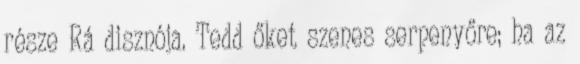
része Rá disznója. Tedd őket szenes serpenyőre; ha az